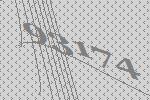
93174